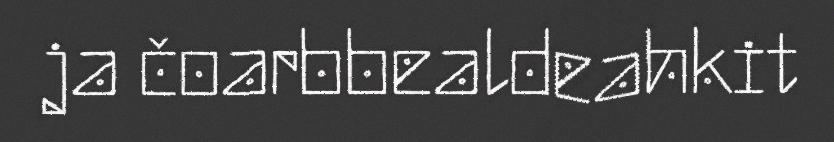
ja čoarbbealdeahkit